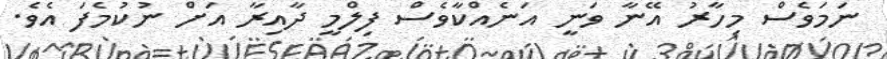
ނަމަވެސް މިހާރު އޭނާ ވަނީ އަނެއްކާވެސް ފިލްމީ ދާއިރާ އަށް ނުކުމެފަ އެވެ.